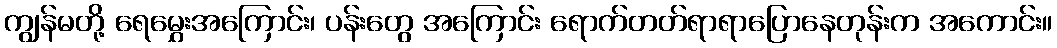
ကျွန်မတို့ ရေမွှေးအကြောင်း၊ ပန်းတွေ အကြောင်း ရောက်တတ်ရာရာပြောနေတုန်းက အကောင်း။